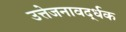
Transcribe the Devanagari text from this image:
उत्तेजनावर्द्धक